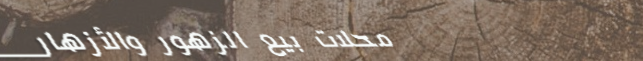
محلات بيع الزهور والأزهار